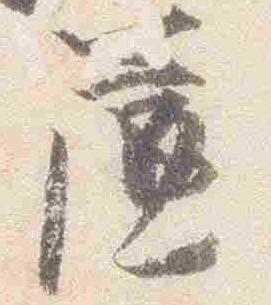
簾